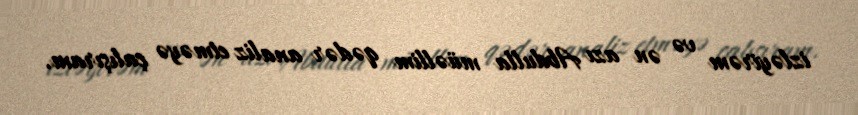
izləyirəm və ən azı Abdulla müəllim qədər analiz etməyə çalışıram.